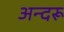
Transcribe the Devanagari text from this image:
अन्दरू